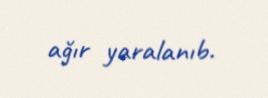
ağır yaralanıb.